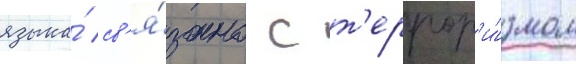
языка́ св'я́зано с т'еррор'и́змом